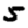
Digit: 5